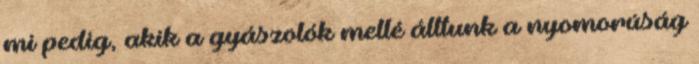
mi pedig, akik a gyászolók mellé álltunk a nyomorúság